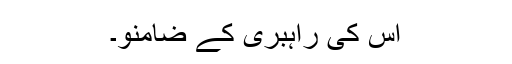
اُس کی راہبری کے ضامنو۔